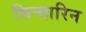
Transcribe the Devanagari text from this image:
सिन्दारिन